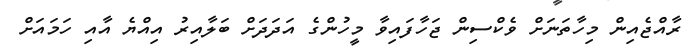
ރާއްޖެއިން މިހާތަނަށް ވެކްސިން ޖަހާފައިވާ މީހުންގެ އަދަދަށް ބަލާއިރު އިއްޔެ އާއި ހަމައަށް